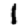
Digit: 1